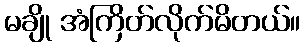
မချို အံကြိတ်လိုက်မိတယ်။